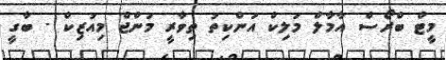
މީޓް ބްރޯސް އާމާލް މަލިކް އަންކިތު ތިވާރީ މަންޖް މިއުޒިކް - ބާގީ